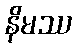
နိမဿ